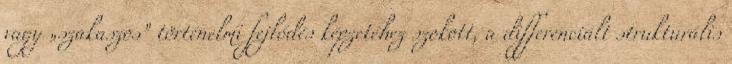
vagy „szakaszos” történelmi fejlődés képzetéhez szokott, a differenciált strukturális